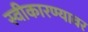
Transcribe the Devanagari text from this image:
स्वीकारण्यावर